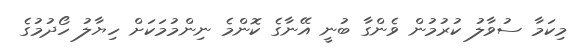
މިކަމާ ސުވާލު ކުރުމުން ވެންގާ ބުނީ އޭނާގެ ކޮންމެ ނިންމުމަކަށް ހިޔާލު ހޯދުމުގެ